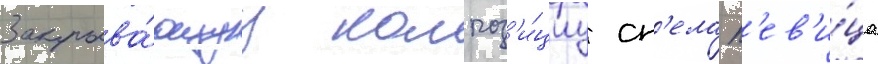
Закрыва́ющуу композ'и́циу сп'ела п'ев'и́ца